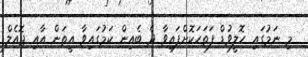
މި ނަމުގައި ހޮލީވުޑް ފަތަހަކޮށްފައިވާ ދެ ބެއިން ކަމުގައިވާ އީތަން އާއި ޖޮއެލް